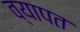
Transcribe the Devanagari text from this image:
व्‍यापत